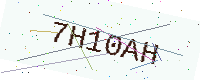
Text: 7H10AH